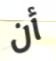
أن